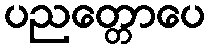
ပညတ္တောပေ